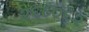
૨૬૮૦૬૨